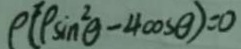
\rho ( p \sin ^ { 2 } \theta - 4 \cos \theta ) = 0